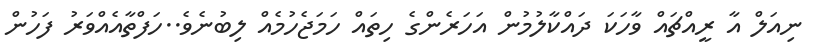
ނިއަލް އާ ރީއްޗައް ވާހަކަ ދައްކާލުމުން އަހަރެންގެ ހިތައް ހަމަޖެހުމެއް ލިބުނެވެ..ހަފްތާއެއްވަރު ފަހުން